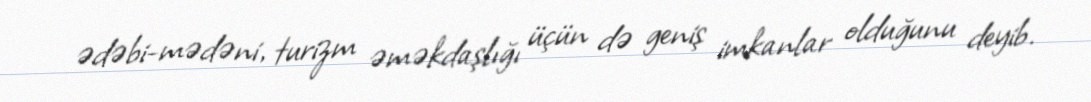
ədəbi-mədəni, turizm əməkdaşlığı üçün də geniş imkanlar olduğunu deyib.